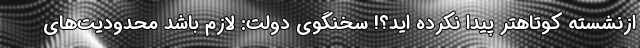
ازنشسته کوتاهتر پیدا نکرده اید؟! سخنگوی دولت: لازم باشد محدودیت‌های